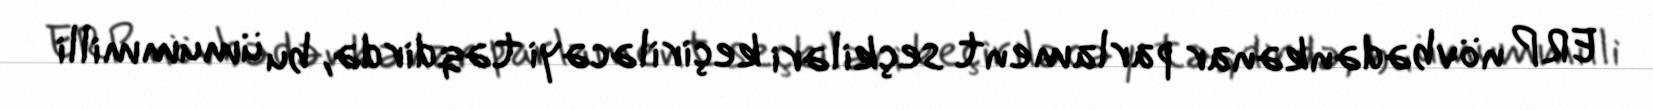
ERP növbədənkənar parlament seçkiləri keçiriləcəyi təqdirdə, bu ümummilli